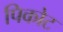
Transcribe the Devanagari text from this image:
पिकोट